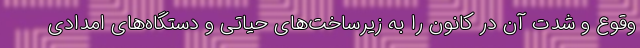
وقوع و شدت آن در کانون را به زیرساخت‌های حیاتی و دستگاه‌های امدادی